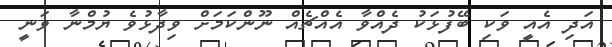
އަދި އެއީ ވަކި ބޭފުޅަކު ދެއްވާ އެއްޗެއް ނޫންކަމަށް ވިދާޅުވެ ޔުމްނާ ވަނީ